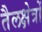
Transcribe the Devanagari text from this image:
तैलक्षेत्रों